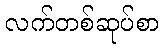
လက်တစ်ဆုပ်စာ